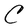
Character: C